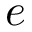
e